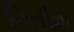
નિતીશ